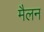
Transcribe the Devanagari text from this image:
मैलन